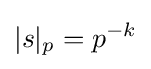
|s|_{p}=p^{-k}